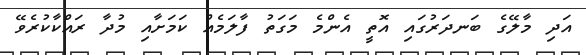
އަދި މާލޭގެ ބަނދަރުގައި އޮތީ އެންމެ މަގަތު ފާލަމެއް ކަމަށާއި މުދާ ރައްކާކުރެވޭ